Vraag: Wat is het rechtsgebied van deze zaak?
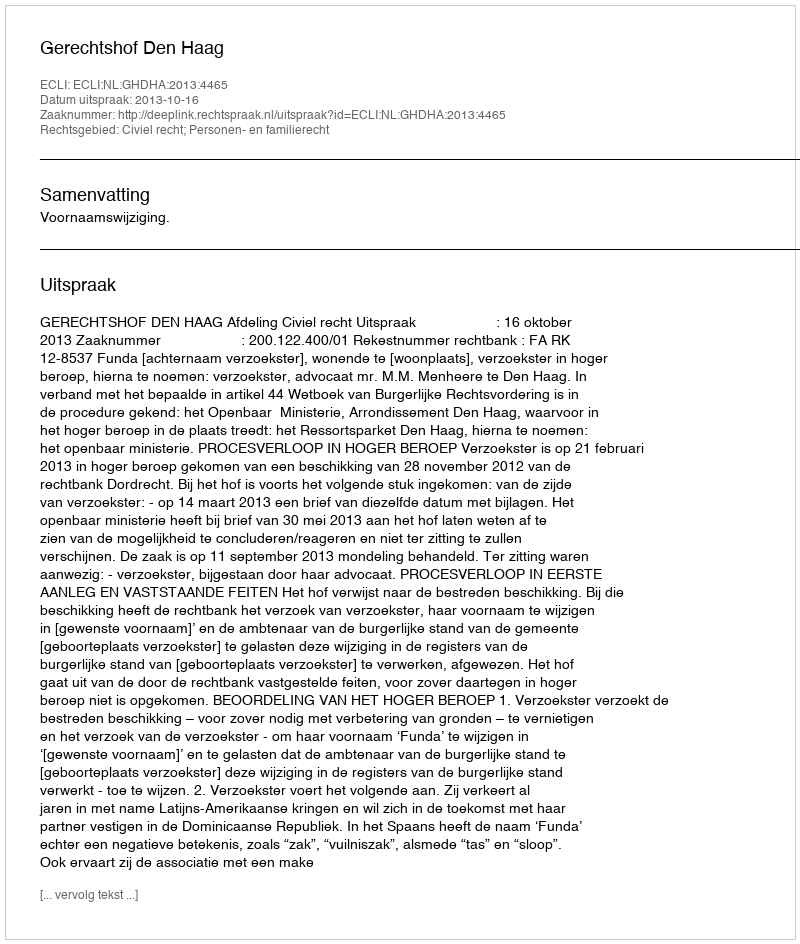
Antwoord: Civiel recht; Personen- en familierecht